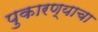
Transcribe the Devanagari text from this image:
पुकारण्याचा